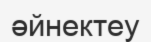
әйнектеу